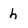
Character: h